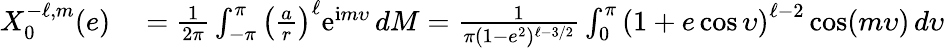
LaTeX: \begin{array}{rl}{X_{0}^{-\ell,m}(e)}&{{}=\frac{1}{2\pi}\int_{-\pi}^{\pi}\left(\frac{a}{r}\right)^{\ell}\mathrm{e}^{\mathrm{i}m\upsilon}\, dM=\frac{1}{\pi(1-e^{2})^{\ell-3/2}}\int_{0}^{\pi}\left(1+e\cos\upsilon\right)^{\ell-2}\cos(m\upsilon)\, d\upsilon}\end{array}